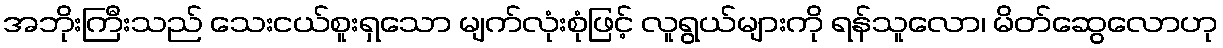
အဘိုးကြီးသည် သေးငယ်စူးရှသော မျက်လုံးစုံဖြင့် လူရွယ်များကို ရန်သူလော၊ မိတ်ဆွေလောဟု